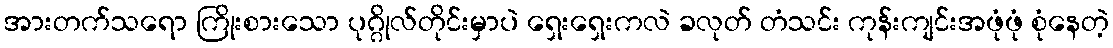
အားတက်သရော ကြိုးစားသော ပုဂ္ဂိုလ်တိုင်းမှာပဲ ရှေးရှေးကလဲ ခလုတ် တံသင်း ကုန်းကျင်းအဖုံဖုံ စုံနေတဲ့